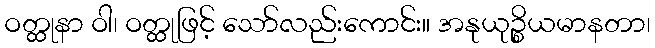
ဝတ္ထုနာ ဝါ၊ ဝတ္ထုဖြင့် သော်လည်းကောင်း။ အနုယုဉ္စိယမာနတာ၊